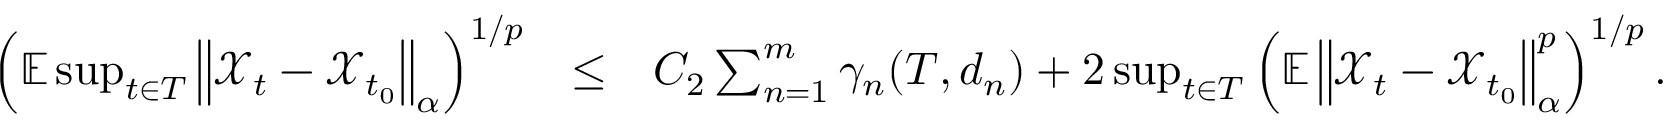
\begin{array} { r l r } { \left( \mathbb { E } \operatorname* { s u p } _ { t \in T } \left\Vert \mathcal { X } _ { t } - \mathcal { X } _ { t _ { 0 } } \right\Vert _ { \alpha } \right) ^ { 1 / p } } & { \leq } & { C _ { 2 } \sum _ { n = 1 } ^ { m } \gamma _ { n } ( T , d _ { n } ) + 2 \operatorname* { s u p } _ { t \in T } \left( \mathbb { E } \left\Vert \mathcal { X } _ { t } - \mathcal { X } _ { t _ { 0 } } \right\Vert _ { \alpha } ^ { p } \right) ^ { 1 / p } . } \end{array}